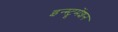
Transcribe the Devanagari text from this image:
इन्‍स्ट्रूमेंशन